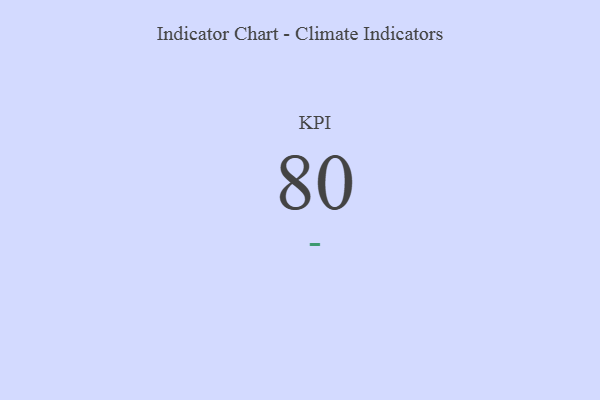
{"axis": {"x": "KPI", "y": "Value"}, "legend": [""], "data": [{"x": "KPI", "y": 80, "type": ""}]}